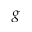
g